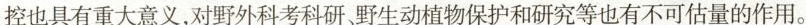
控也具有重大意义，对野外科考科研。野生动植物保护和研究等也有不可估量的作用。